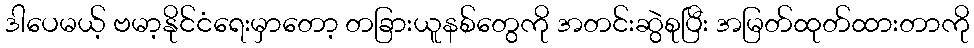
ဒါပေမယ့် ဗမာ့နိုင်ငံရေးမှာတော့ တခြားယူနစ်တွေကို အတင်းဆွဲစုပြီး အမြတ်ထုတ်ထားတာကို